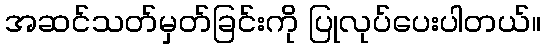
အဆင်သတ်မှတ်ခြင်းကို ပြုလုပ်ပေးပါတယ်။